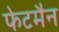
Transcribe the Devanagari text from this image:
फेटमैन